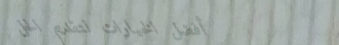
أفضل الخيارات لتقديم الحل